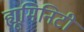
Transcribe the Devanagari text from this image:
ह्यूमिनिटी